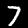
Digit: 7